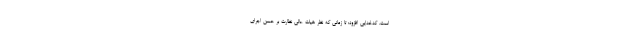
است. کدخدایی افزود: تا زمانی که نظر هیات عالی نظارت بر حسن اجرای